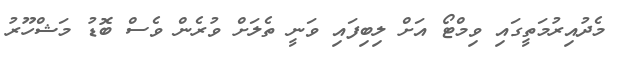
މެދުއިރުމަތީގައި ވިމްޓޯ އަށް ލިބިފައި ވަނީ ތެލަށް ވުރެން ވެސް ބޮޑު މަޝްހޫރު